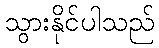
သွားနိုင်ပါသည်